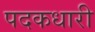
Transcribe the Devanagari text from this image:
पदकधारी